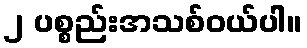
၂ ပစ္စည်းအသစ်ဝယ်ပါ။